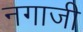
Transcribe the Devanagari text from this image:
नगाजी